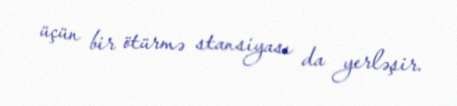
üçün bir ötürmə stansiyası da yerləşir.